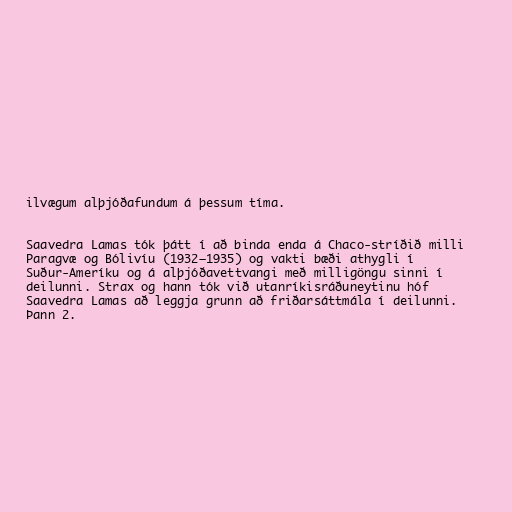
ilvægum alþjóðafundum á þessum tíma.

Saavedra Lamas tók þátt í að binda enda á Chaco-stríðið milli
Paragvæ og Bólivíu (1932–1935) og vakti bæði athygli í
Suður-Ameríku og á alþjóðavettvangi með milligöngu sinni í
deilunni. Strax og hann tók við utanríkisráðuneytinu hóf
Saavedra Lamas að leggja grunn að friðarsáttmála í deilunni.
Þann 2.